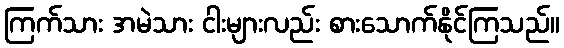
ကြက်သား အမဲသား ငါးများလည်း စားသောက်နိုင်ကြသည်။